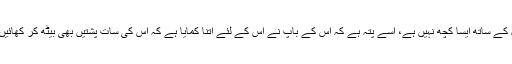
عادل کے ساتھ ایسا کچھ نہیں ہے، اُسے پتہ ہے کہ اُس کے باپ نے اُس کے لئے اتنا کمایا ہے کہ اُس کی سات پشتیں بھی بیٹھ کر کھائیں گی۔